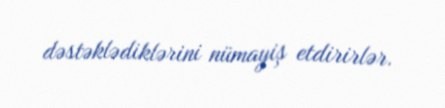
dəstəklədiklərini nümayiş etdirirlər.